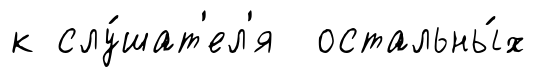
к слу́шат'ел'я остальны́х